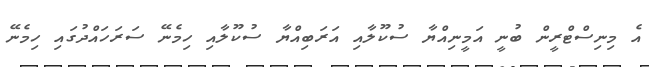
އެ މިނިސްޓްރީން ބުނީ އަމީނިއްޔާ ސުކޫލާއި އަރަބިއްޔާ ސުކޫލާއި ހިމެނޭ ސަރަހައްދުގައި ހިމެނޭ